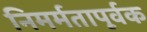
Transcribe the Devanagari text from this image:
निमर्मतापूर्वक